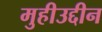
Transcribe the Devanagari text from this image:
मुहीउद्दीन